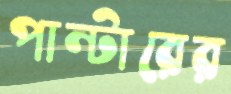
পান্টারের